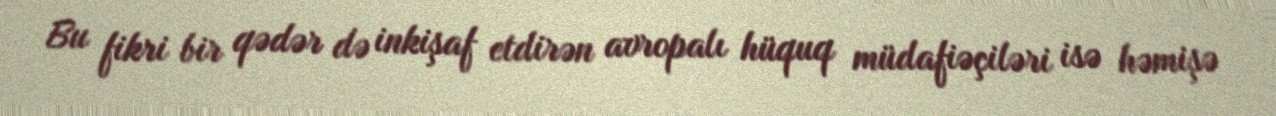
Bu fikri bir qədər də inkişaf etdirən avropalı hüquq müdafiəçiləri isə həmişə